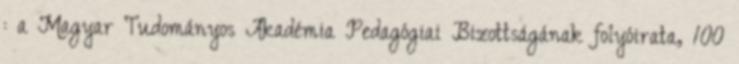
: a Magyar Tudományos Akadémia Pedagógiai Bizottságának folyóirata, 100